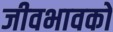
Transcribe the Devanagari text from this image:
जीवभावको